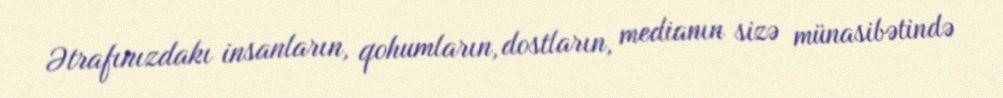
Ətrafınızdakı insanların, qohumların, dostların, medianın sizə münasibətində